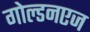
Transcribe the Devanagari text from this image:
गोल्डनएज